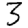
Digit: 3